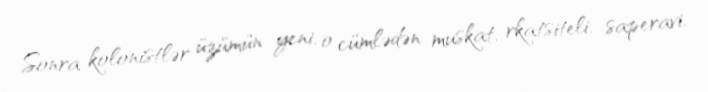
Sonra kolonistlər üzümün yeni, o cümlədən muskat, rkatsiteli, saperavi,